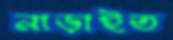
নাড়াইত